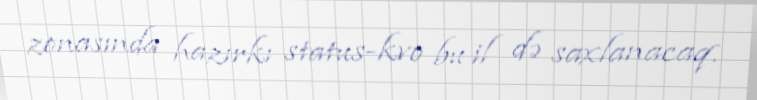
zonasında hazırkı status-kvo bu il də saxlanacaq.